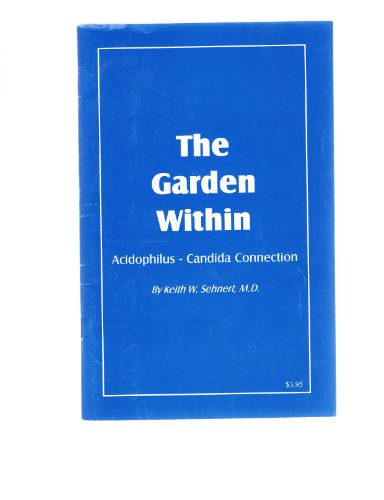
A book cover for The Garden Within: Acidophilus-Candida Connection; M. D. Keith W. Sehnert; Health, Fitness & Dieting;